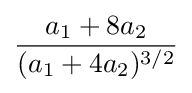
{\frac {a_{1}+8a_{2}}{(a_{1}+4a_{2})^{3/2}}}